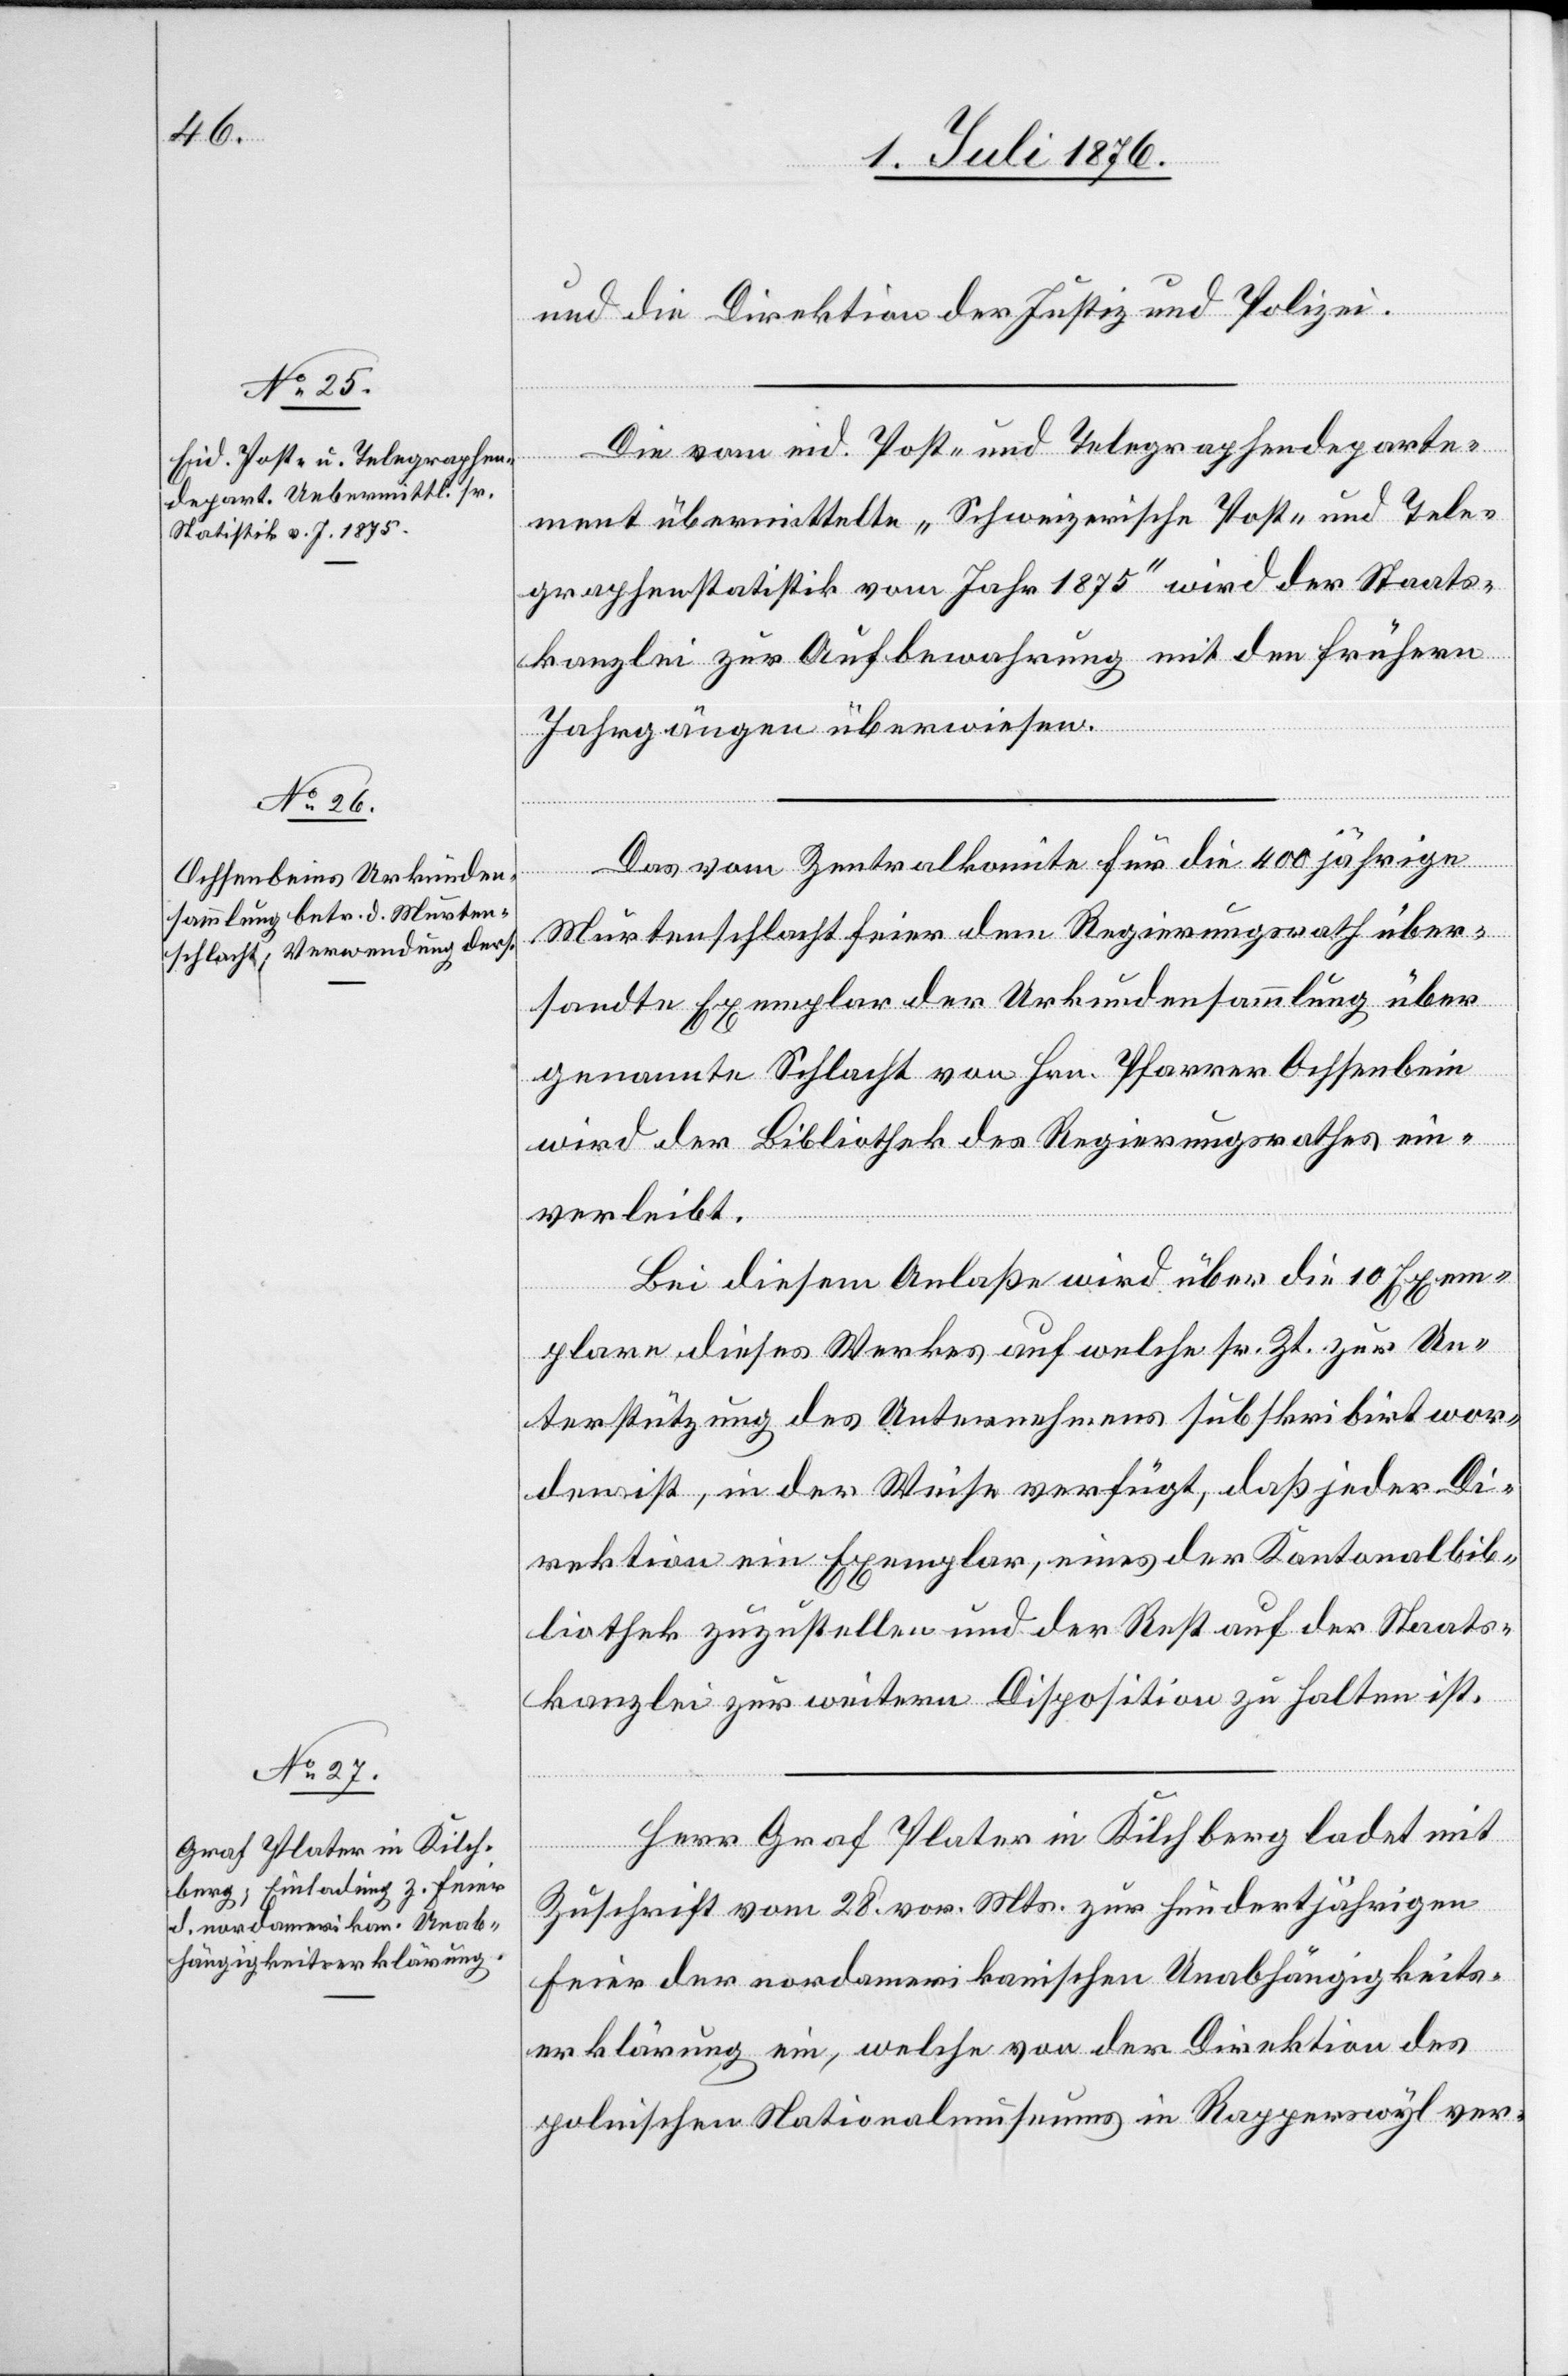
und die Direktion der Justiz und Polizei.
Die vom eid. Post- und Telegraphendeparte¬
ment übermittelte „Schweizerische Post- und Tele¬
graphenstatistik vom Jahr 1875“ wird der Staats¬
kanzlei zur Aufbewahrung mit den frühern
Jahrgängen überwiesen.
Das vom Zentralkomite für die 400jährige
Murtenschlachtfeier dem Regierungsrath über¬
sandte Exemplar der Urkundensammlung über
genannte Schlacht von Hrn. Pfarrer Ochsenbein
wird der Bibliothek des Regierungsrathes ein¬
verleibt.
Bei diesem Anlaße wird über die 10 Exem¬
plare dieses Werkes auf welche sr. Zt. zur Un¬
terstützung des Unternehmens subskribirt wor¬
den ist, in der Weise verfügt, das jeder Di¬
rektion ein Exemplar, eines der Kantonalbib¬
liothek zuzustellen und der Rest auf der Staats¬
kanzlei zur weitern Disposition zu halten ist.
Herr Graf Plater in Kilchberg ladet mit
Zuschrift vom 28. vor. Mts. zur hundertjährigen
Feier des nordamerikanischen Unabhängigkeits¬
erklärung ein, welche von der Direktion des
polnischen Nationalmuseums in Rapperswyl ver-